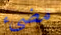
مضيء